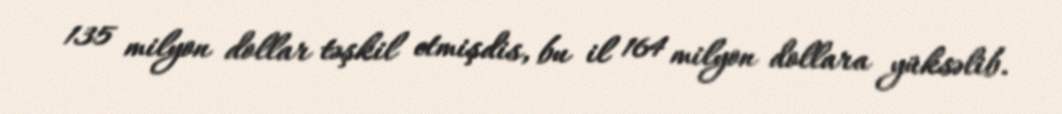
135 milyon dollar təşkil etmişdis, bu il 164 milyon dollara yüksəlib.